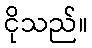
ငိုသည်။